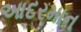
આદરમાન